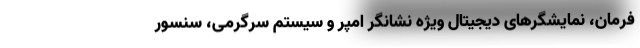
فرمان، نمایشگرهای دیجیتال ویژه نشانگر امپر و سیستم سرگرمی، سنسور